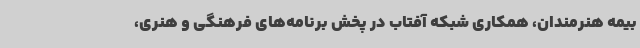
بیمه هنرمندان، همکاری شبکه آفتاب در پخش برنامه‌های فرهنگی و هنری،